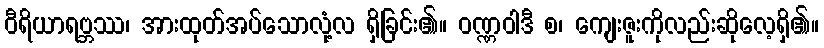
ဝီရိယာရဗ္ဘဿ၊ အားထုတ်အပ်သောလုံ့လ ရှိခြင်း၏။ ဝဏ္ဏဝါဒီ စ၊ ကျေးဇူးကိုလည်းဆိုလေ့ရှိ၏။